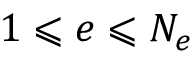
1 \leqslant e \leqslant N _ { e }